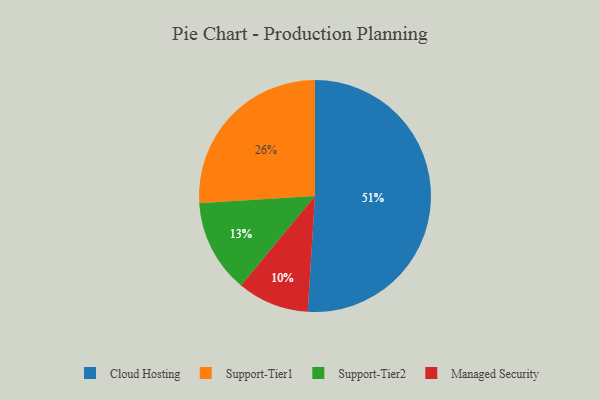
{"axis": {"x": "Category", "y": "Percentage"}, "legend": ["Cloud Hosting", "Managed Security", "Support-Tier1", "Support-Tier2"], "data": [{"x": "Managed Security", "y": 10, "type": "Managed Security"}, {"x": "Cloud Hosting", "y": 51, "type": "Cloud Hosting"}, {"x": "Support-Tier2", "y": 13, "type": "Support-Tier2"}, {"x": "Support-Tier1", "y": 26, "type": "Support-Tier1"}]}